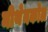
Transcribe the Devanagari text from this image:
मीथेनकोल